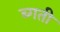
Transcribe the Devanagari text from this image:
ब्गती